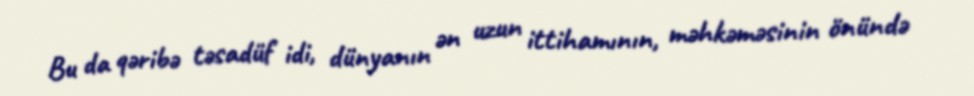
Bu da qəribə təsadüf idi, dünyanın ən uzun ittihamının, məhkəməsinin önündə